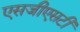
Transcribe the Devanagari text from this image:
एसजीएसटी